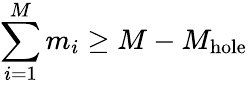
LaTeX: \sum_{i=1}^{M}m_{i}\geq M-M_{\mathrm{hole}}